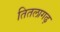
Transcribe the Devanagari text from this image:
तितलागढ़